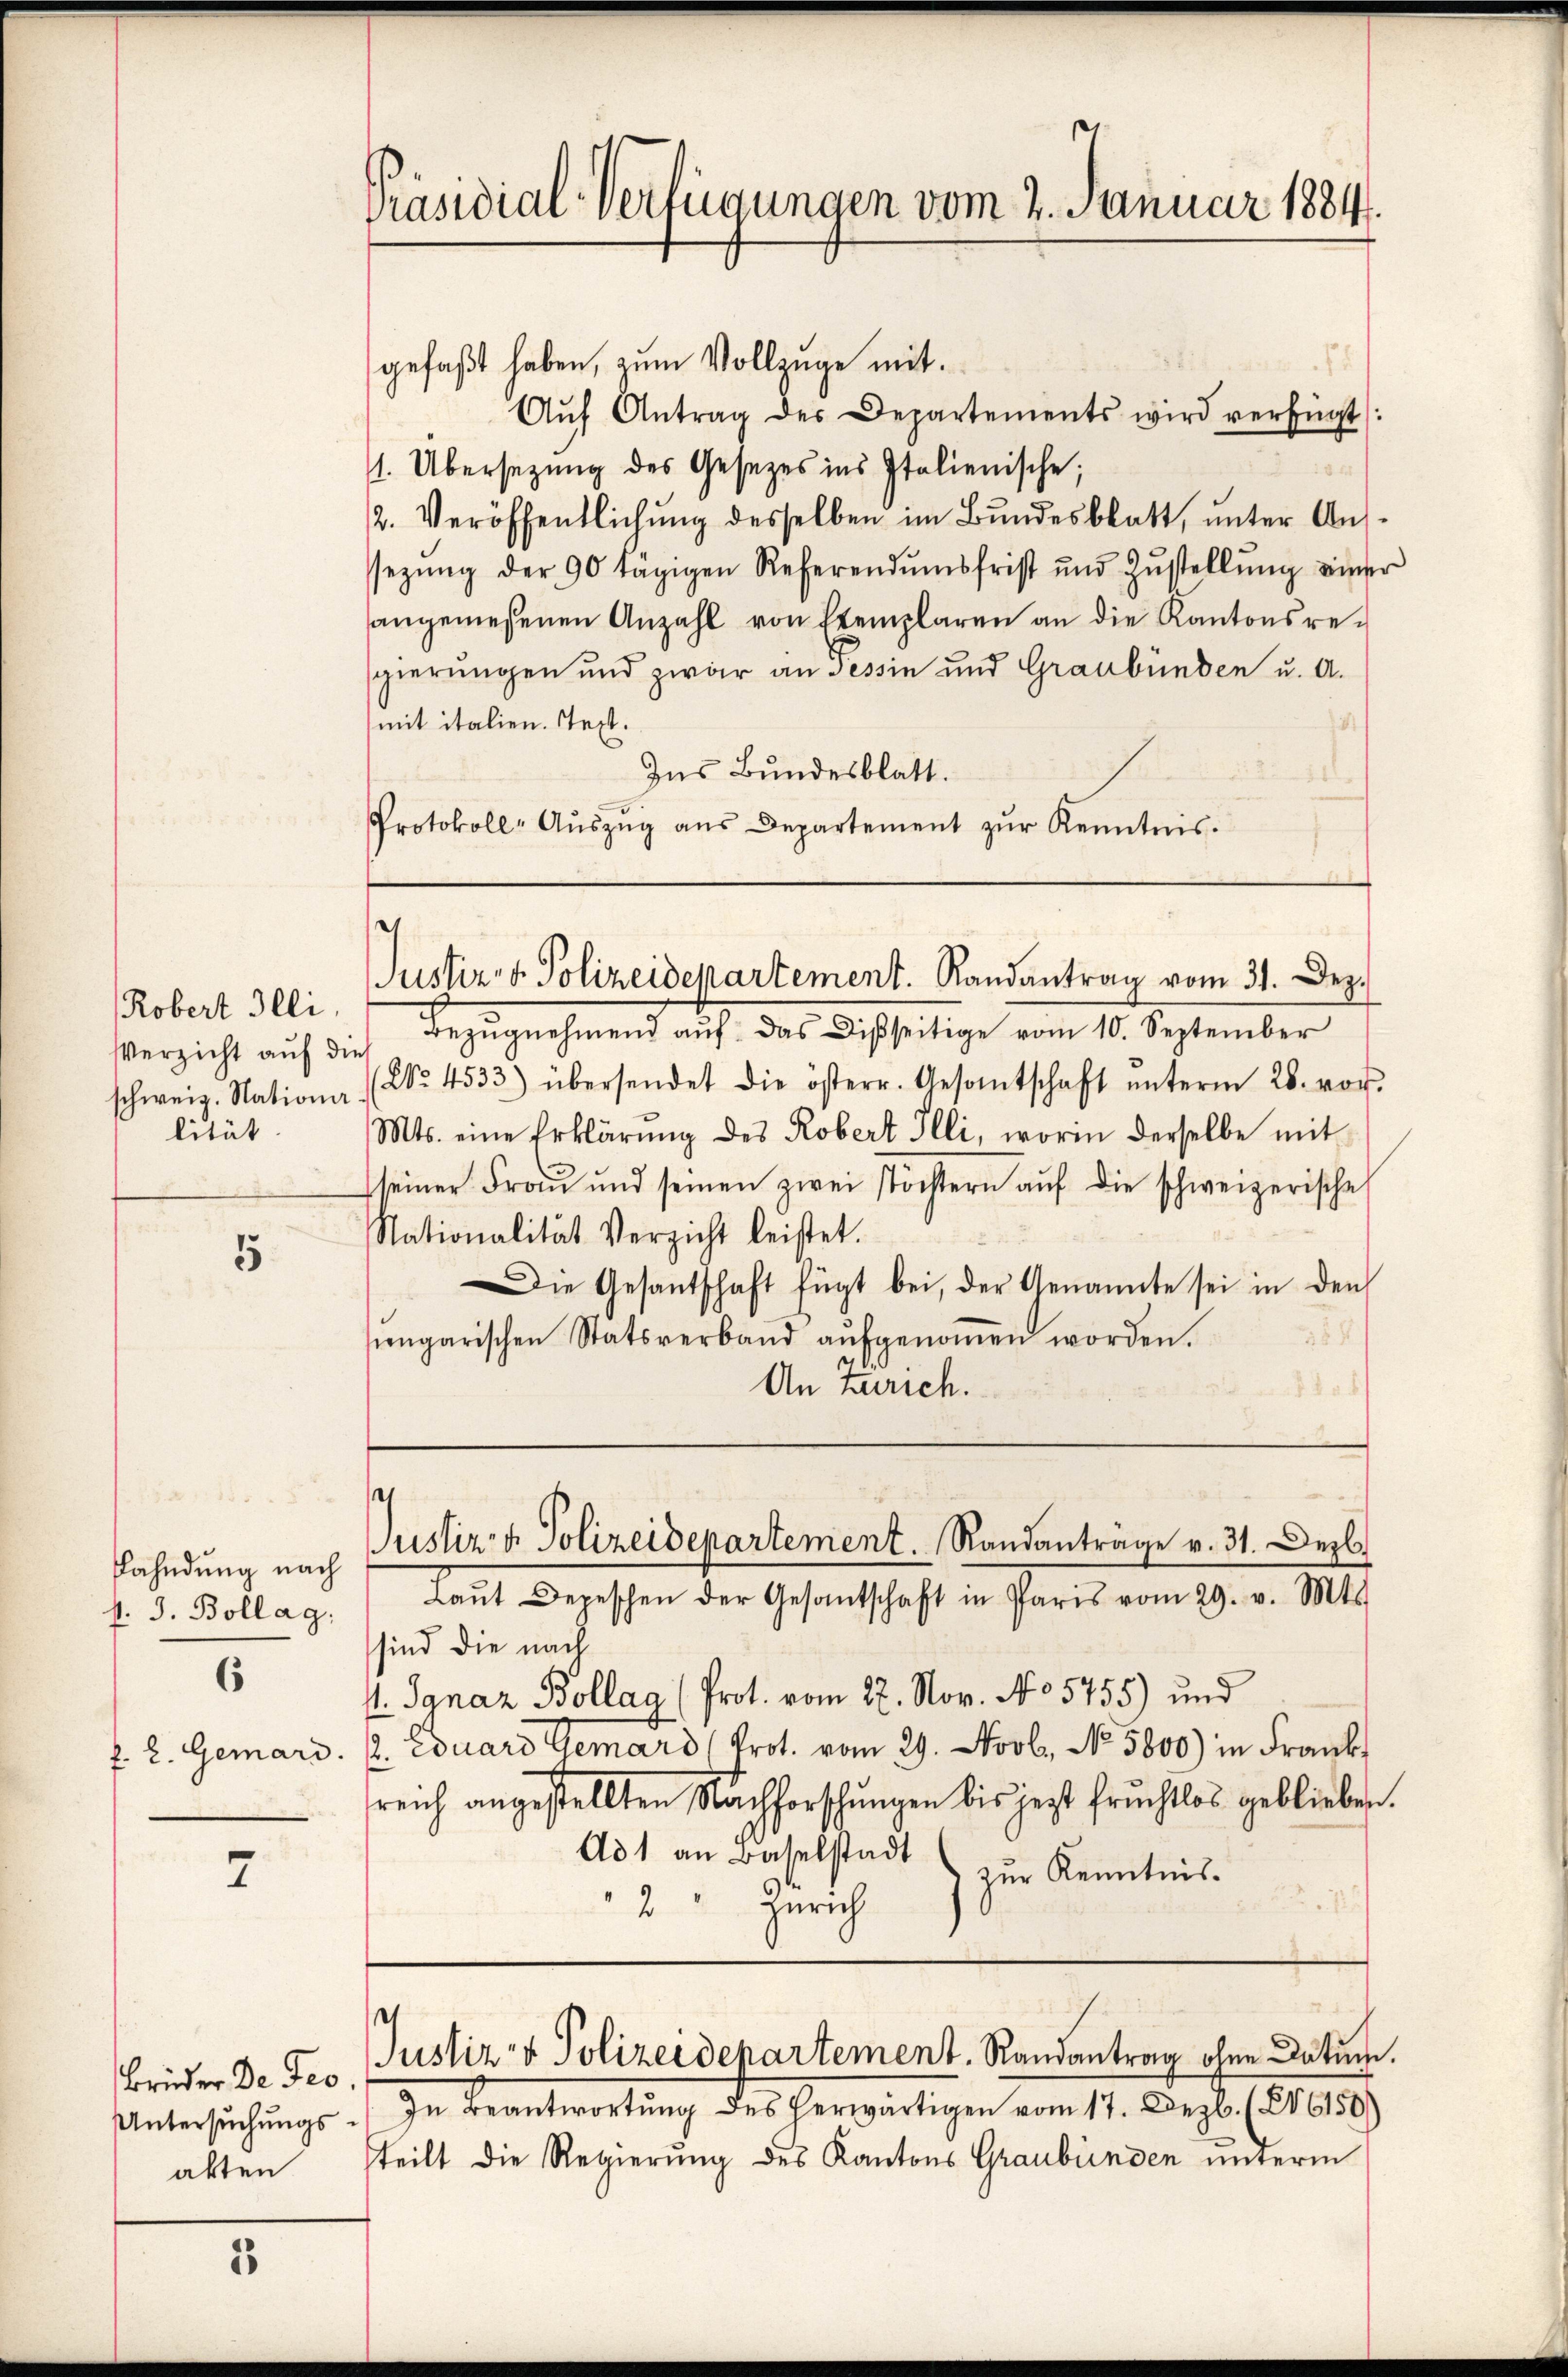
Robert Illi
Verzicht auf dies
lität.

5

Fahndung nach
f. J. Bollag:
f. 2. Gemari.

6

7

Brüder De Jes.
akten.

3

Präsidial-Verfügungen vom 2. Januar 1884.

gefaßt haben, zum Vollzuge mit.
Aŭf Antrag des Departements wird verfügt:
1. Übersezung des Gesezes ins Italienische;
2. Veröffentlichung desselben im Bundesblatt, unter Aussezŭng der 90 tägigen Referendŭmsfrist und Zŭstellŭng einser
angemessenen Anzahl von Exemplaren an die Kantonsregierungen und zwar an Tessin und Graubünden u. A.
mit italien. Text.
Ins Bundesblatt.
Protokoll- Aŭszŭg aŭs Departement zŭr Kenntnis.

.

Bezugnahmend auf das Disseitige vom 10. September
schweiz. Nation (No. 4533) übersendet die österr. Gesantschaft ŭnterm 28. vor.
Mts. eine Erklärŭng des Robert Illi, worin derselbe mit
seiner Fraŭ und seinen zwei Töchtern aŭf die schweizerische
Nationalität Verzicht leistet.
Die Gesantschaft fügt bei, der Genannte sei in den
2
sengarischen Statsverband aŭfgenoṁen worden.
)
Laŭt Depeschen der Gesantschaft in Paris vom 29. v. Mts.
sind die nach
. Ignaz Bollag (Prot. vom 27. Nov. No 5755) und
2. Eduard Gemard (Prot. vom 29. Novb. No. 5800) in Frank
sreich angestellten Nachforschungen bis jezt fruchtlos geblieben.
Ad 1 an Baselstadt
zur Kenntnis.
2: Zürich
Justiz- & Polizeidepartement. Randantrag ohne Datum.
Untersŭchŭngs- In Beantwortŭng des herwärtigen vom 17. Dezb. (XV 6150)
steilt die Regierung des Kantons Graubünden unterm

e
Justiz- & Polizeidepartement. Randantrag vom 31. Dez.

An Zürich.

s
Justiz & Polizeidepartement. Randanträge v. 31. Dezb.